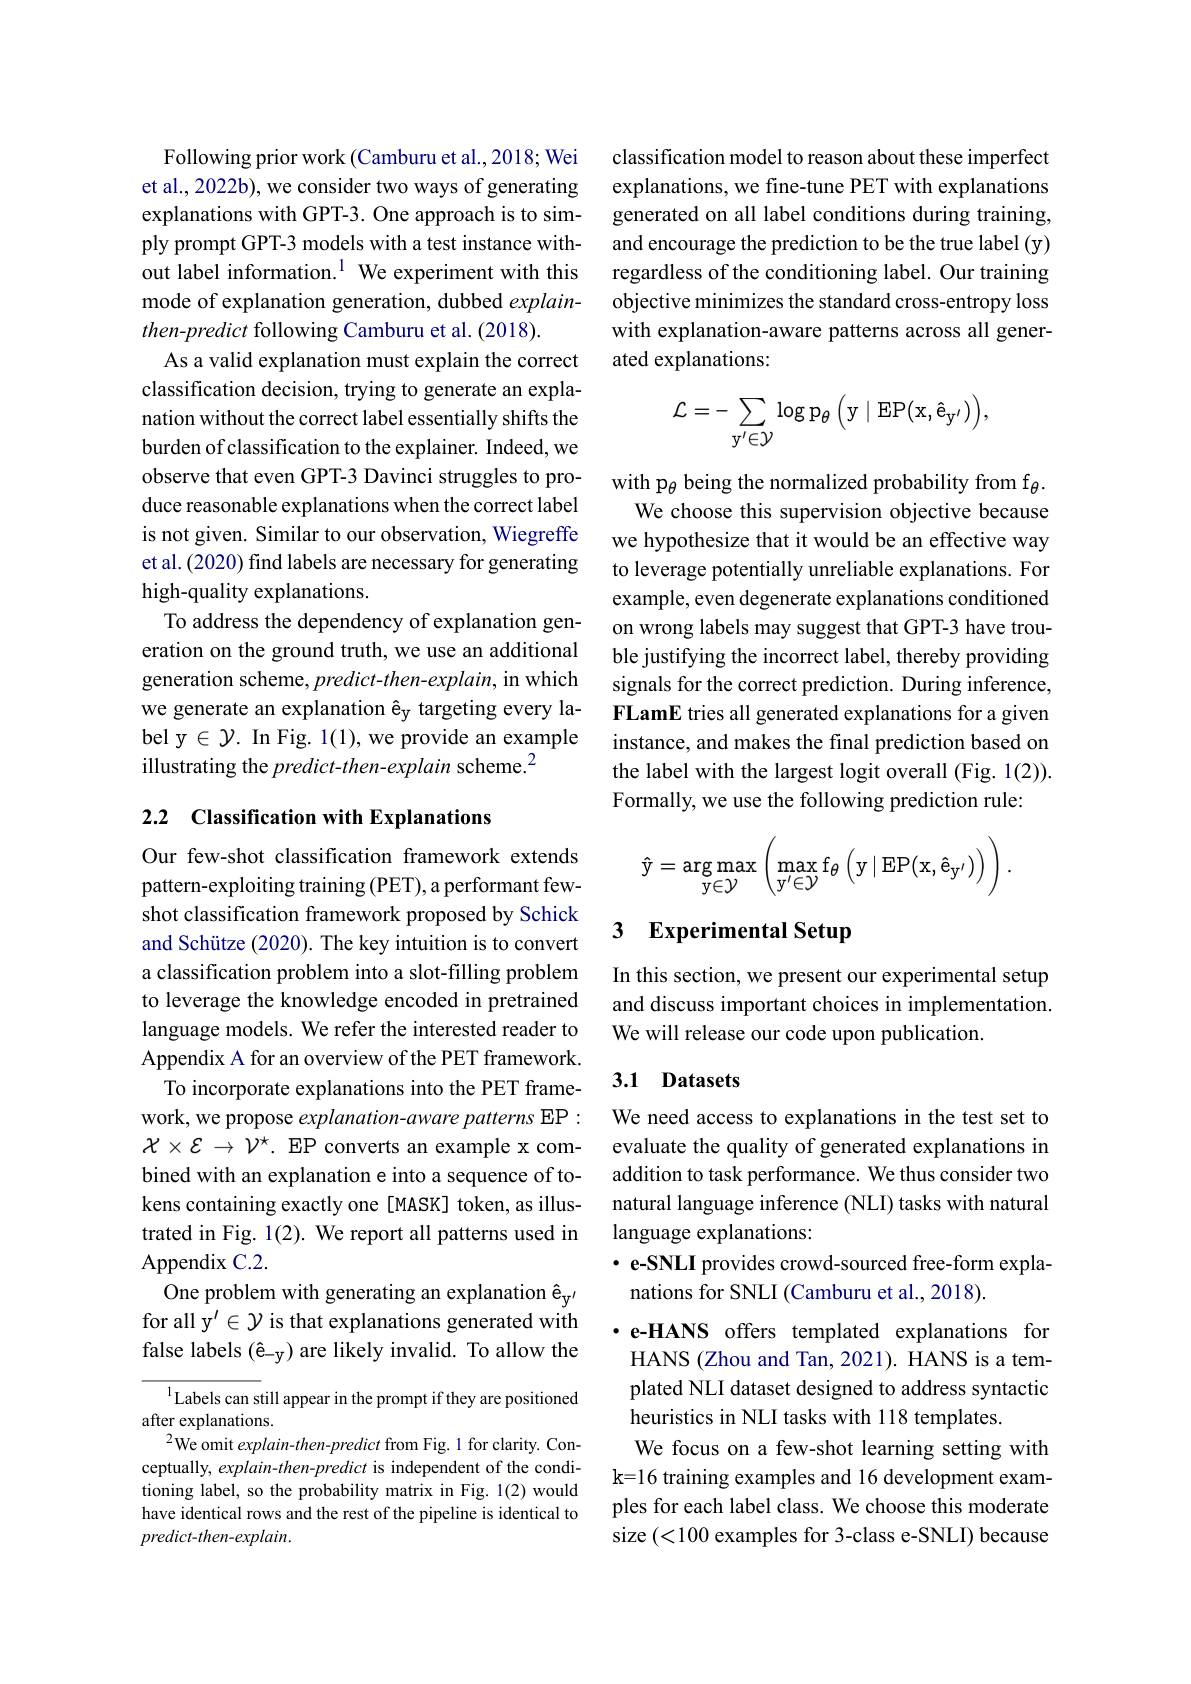
Following prior work (Camburu et al.,2018; Wei et al., 2022b), we consider two ways of generating explanations with GPT-3. One approach is to simply prompt GPT-3 models with a test instance without label information.$^{1}$ We experiment with this mode of explanation generation, dubbed explainthen-predict following Camburu et al. (2018).
As a valid explanation must explain the correct classification decision, trying to generate an explanation without the correct label essentially shifts the burden of classification to the explainer. Indeed, we observe that even GPT-3 Davinci struggles to produce reasonable explanations when the correct label is not given. Similar to our observation, Wiegreffe et al. (2020) find labels are necessary for generating high-quality explanations.
To address the dependency of explanation generation on the ground truth, we use an additional generation scheme, predict-then-explain, in which we generate an explanation êy targeting every label y$\in\mathcal{Y}.$ In Fig. 1(1),we provide an example illustrating the predict-then-explain scheme.$^{2}$

## 2.2 Classification with Explanations

Our few-shot classification framework extends pattern-exploiting training (PET), a performant fewshot classification framework proposed by Schick and Schütze (2020). The key intuition is to convert a classification problem into a slot-filling problem to leverage the knowledge encoded in pretrained language models. We refer the interested reader to Appendix A for an overview of the PET framework.
To incorporate explanations into the PET framework, we propose explanation-aware patterns EP: $\mathcal{X}\times\mathcal{E}\to\mathcal{V}^{\star}.$ EP converts an example x combined with an explanation e into a sequence of tokens containing exactly one [MASK] token, as illustrated in Fig. 1(2). We report all patterns used in Appendix C.2.
One problem with generating an explanation êy' for all y$^\prime\in\mathcal{Y}$ is that explanations generated with false labels (ê-y) are likely invalid. To allow the

$^{1}$Labels can still appear in the prompt if they are positioned
after explanations.
$^{2}$We omit explain-then-predict from Fig.1 for clarity. Conceptually, explain-then-predict is independent of the conditioning label, so the probability matrix in Fig. 1(2) would have identical rows and the rest of the pipeline is identical to predict-then-explain.

classification model to reason about these imperfect explanations, we fine-tune PET with explanations generated on all label conditions during training, and encourage the prediction to be the true label (y) regardless of the conditioning label. Our training objective minimizes the standard cross-entropy loss with explanation-aware patterns across all generated explanations:
$$\mathcal{L}=-\sum_{\mathrm{y}^{\prime}\in\mathcal{Y}}\log\mathrm{p}_{\theta}\left(\mathrm{y}\mid\mathrm{EP}(\mathrm{x},\mathbf{\hat{e}}_{\mathbf{y}^{\prime}})\right),$$
with p$_\theta$ being the normalized probability from f$_\theta.$
We choose this supervision objective because we hypothesize that it would be an effective way to leverage potentially unreliable explanations. For example, even degenerate explanations conditioned on wrong labels may suggest that GPT-3 have trouble justifying the incorrect label, thereby providing signals for the correct prediction. During inference, FLamE tries all generated explanations for a given instance, and makes the final prediction based on the label with the largest logit overall (Fig. 1(2)). Formally, we use the following prediction rule:
$$\mathbf\hat y=\arg\max\limits_{\mathbf y\in\mathcal Y}\left(\max\limits_{\mathbf y'\in\mathcal Y}\mathrm f_\theta\left(\mathrm y\mid\mathrm E\mathrm P(\mathrm x,\mathbf e_{\mathbf y'})\right)\right).$$
# 3 Experimental Setup

In this section, we present our experimental setup and discuss important choices in implementation. We will release our code upon publication.

## 3.1 Datasets

We need access to explanations in the test set to evaluate the quality of generated explanations in addition to task performance. We thus consider two natural language inference (NLI) tasks with natural language explanations:
$\cdot$ e-SNLI provides crowd-sourced free-form expla-
nations for SNLI (Camburu et al., 2018).

·e-HANS offers templated explanations for HANS (Zhou and Tan, 2021). HANS is a templated NLI dataset designed to address syntactic heuristics in NLI tasks with 118 templates.
We focus on a few-shot learning setting with k=16 training examples and 16 development examples for each label class. We choose this moderate size (<100 examples for 3-class e-SNLI) because